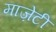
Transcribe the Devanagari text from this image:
माज़ेटी